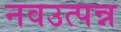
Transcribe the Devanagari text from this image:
नवउत्पन्न